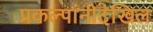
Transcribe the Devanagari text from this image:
प्रकल्पांनीदेखिल